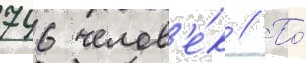
746 челов'е́к // По́